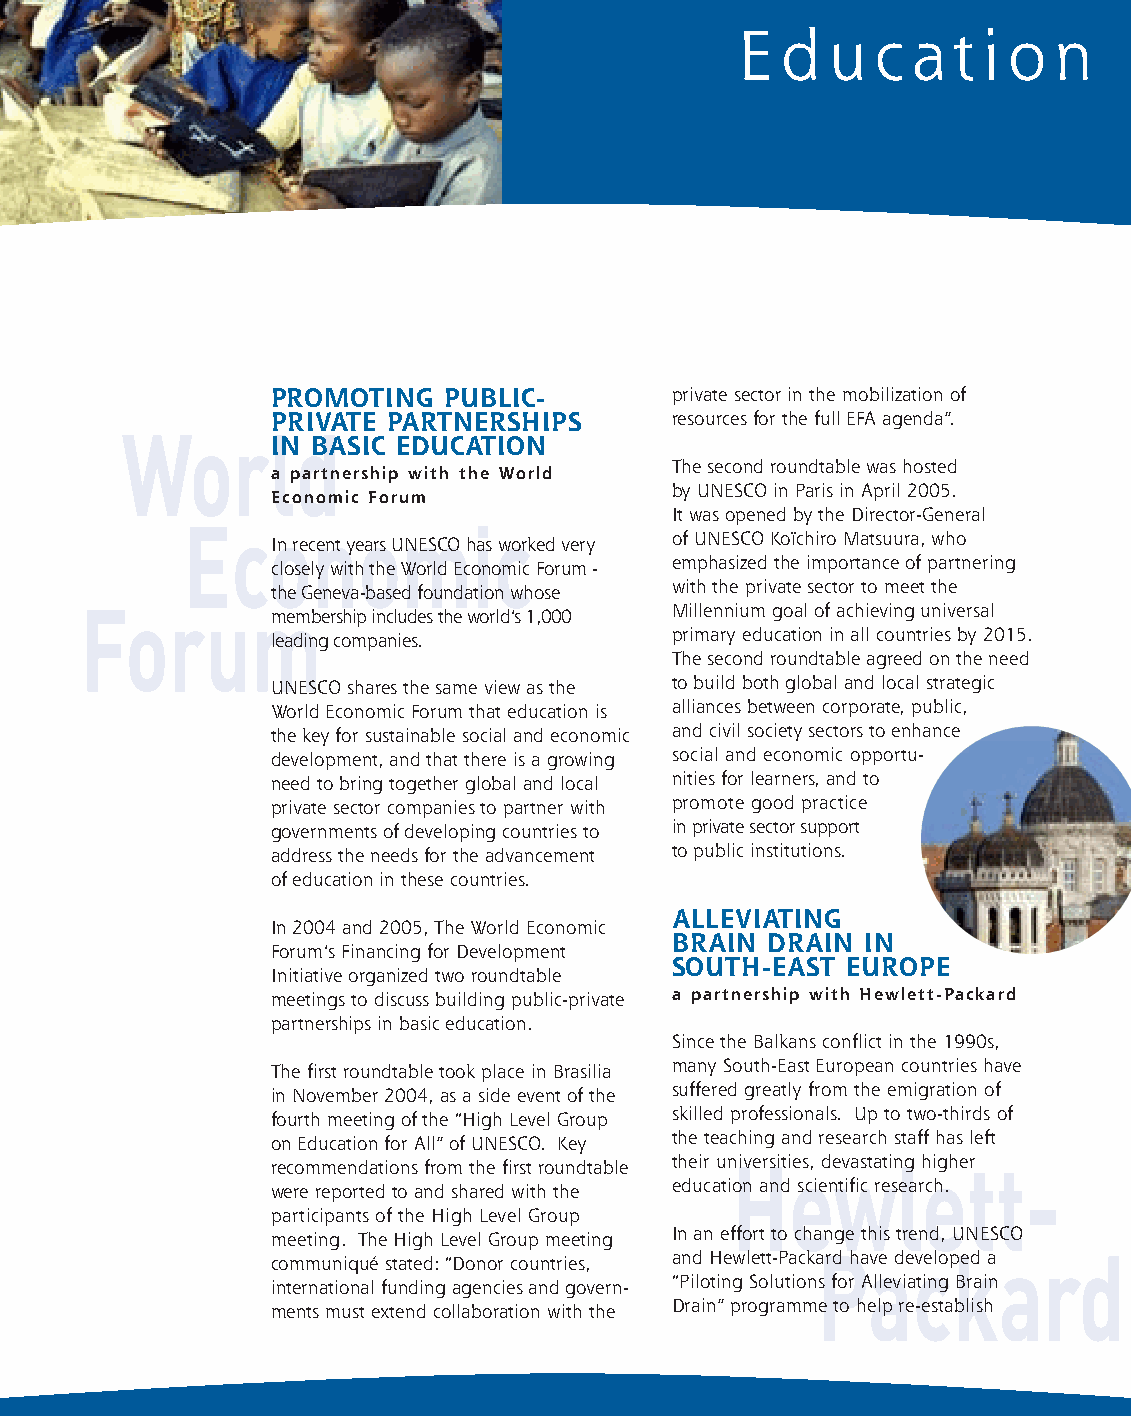
fiches_partners_UK 1/11/06 16:47 Page 2
 E  d  u  c  a  t i o n
 PROMOTING   PUBLIC-        private sector in the mobilization of
 PRIVATE PARTNERSHIPS       resources for the full EFA agenda”.
 World
 IN BASIC EDUCATION
 The second roundtable was hosted
 a partnership with the World
 by UNESCO in Paris in April 2005.
 Economic Forum
 It was opened by the Director-General
 Economic
 In recent years UNESCO has worked very of UNESCO Koïchiro Matsuura, who
 closely with the World Economic Forum - emphasized the importance of partnering
 the Geneva-based foundation whose with the private sector to meet the
 Forum       membership includes the world’s 1,000 Millennium goal of achieving universal
 leading companies.         primary education in all countries by 2015.
 The second roundtable agreed on the need
 UNESCO shares the same view as the to build both global and local strategic
 World Economic Forum that education is alliances between corporate, public,
 the key for sustainable social and economic and civil society sectors to enhance
 development, and that there is a growing social and economic opportu-
 need to bring together global and local nities for learners, and to
 private sector companies to partner with promote good practice
 governments of developing countries to in private sector support
 address the needs for the advancement to public institutions.
 of education in these countries.
 ALLEVIATING
 In 2004 and 2005, The World Economic
 BRAIN DRAIN  IN
 Forum’s Financing for Development
 SOUTH-EAST  EUROPE
 Initiative organized two roundtable
 meetings to discuss building public-private a partnership with Hewlett-Packard
 partnerships in basic education.
 Since the Balkans conflict in the 1990s,
 The first roundtable took place in Brasilia many South-East European countries have
 in November 2004, as a side event of the suffered greatly from the emigration of
 fourth meeting of the “High Level Group skilled professionals. Up to two-thirds of
 on Education for All” of UNESCO. Key the teaching and research staff has left
 recommendations from the first roundtable their unHiversitiees, dewvastatinlg heighetr t-
 were reported to and shared with the education and scientific research.
 participants of the High Level Group
 meeting. The High Level Group meeting In an effort to change this trend, UNESCO
 Packard
 communiqué stated: “Donor countries, and Hewlett-Packard have developed a
 international funding agencies and govern- “Piloting Solutions for Alleviating Brain
 ments must extend collaboration with the Drain” programme to help re-establish